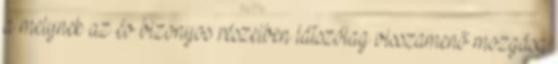
a melynek az év bizonyos részeiben látszólag visszamenő mozgása